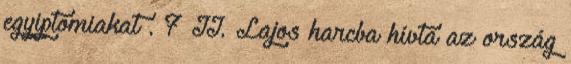
egyiptomiakat . 7 II. Lajos harcba hívta az ország